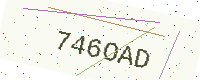
Text: 746OAD